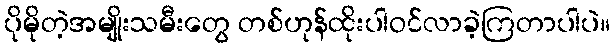
ပိုမိုတဲ့အမျိုးသမီးတွေ တစ်ဟုန်ထိုးပါဝင်လာခဲ့ကြတာပါပဲ။